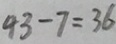
4 3 - 7 = 3 6